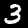
Label: 3